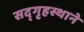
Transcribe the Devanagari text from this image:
सद्‌गृहस्थाने